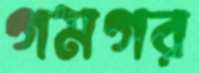
গমগর